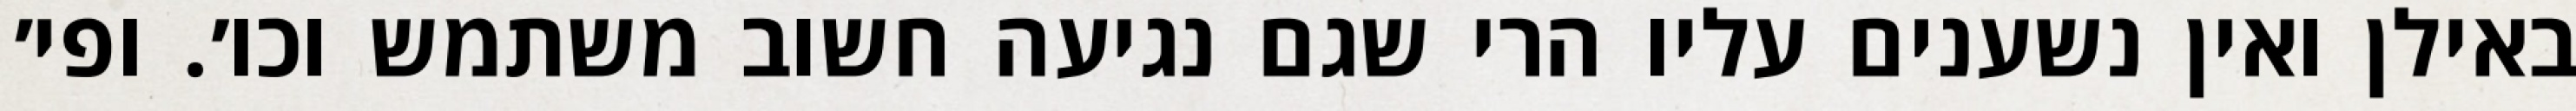
באילן ואין נשענים עליו הרי שגם נגיעה חשוב משתמש וכו׳. ופי׳